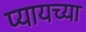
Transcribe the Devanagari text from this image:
प्यायच्या